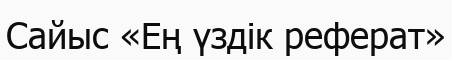
Сайыс «Ең үздік реферат»